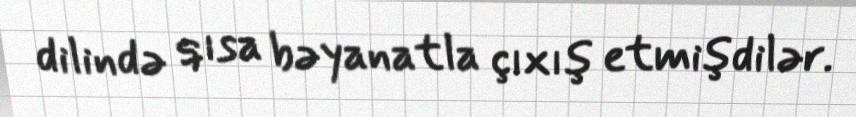
dilində qısa bəyanatla çıxış etmişdilər.